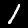
Digit: 1